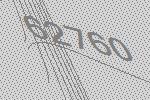
62760